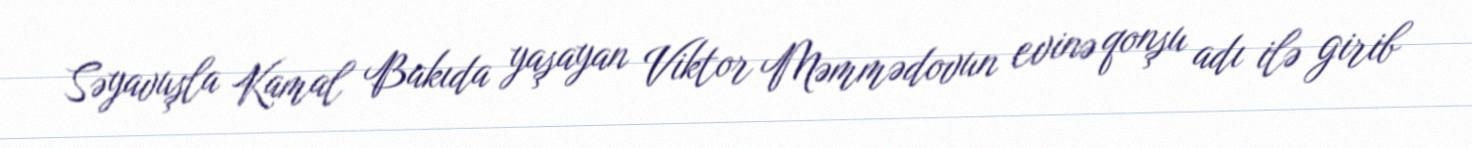
Səyavuşla Kamal Bakıda yaşayan Viktor Məmmədovun evinə qonşu adı ilə girib